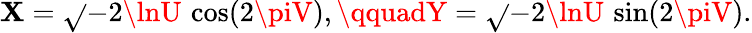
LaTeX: \mathbf{X}={\sqrt{}{{-2\lnU}}}\, \cos(2\piV),\qquadY={\sqrt{}{{-2\lnU}}}\, \sin(2\piV).